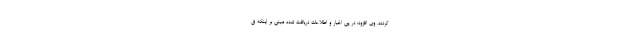
کردند. وی افزود: در پی اخبار و اطلاعات دریافت شده مبنی بر اینکه ق